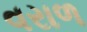
વરાળ